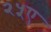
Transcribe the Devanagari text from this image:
२५ए